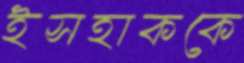
ইসহাককে